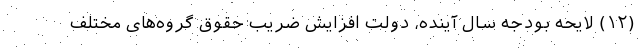
(۱۲) لایحه بودجه سال آینده، دولت افزایش ضریب حقوق گروه‌‌های مختلف